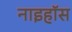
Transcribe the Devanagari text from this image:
नाइहॉस